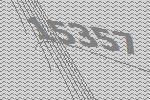
15357